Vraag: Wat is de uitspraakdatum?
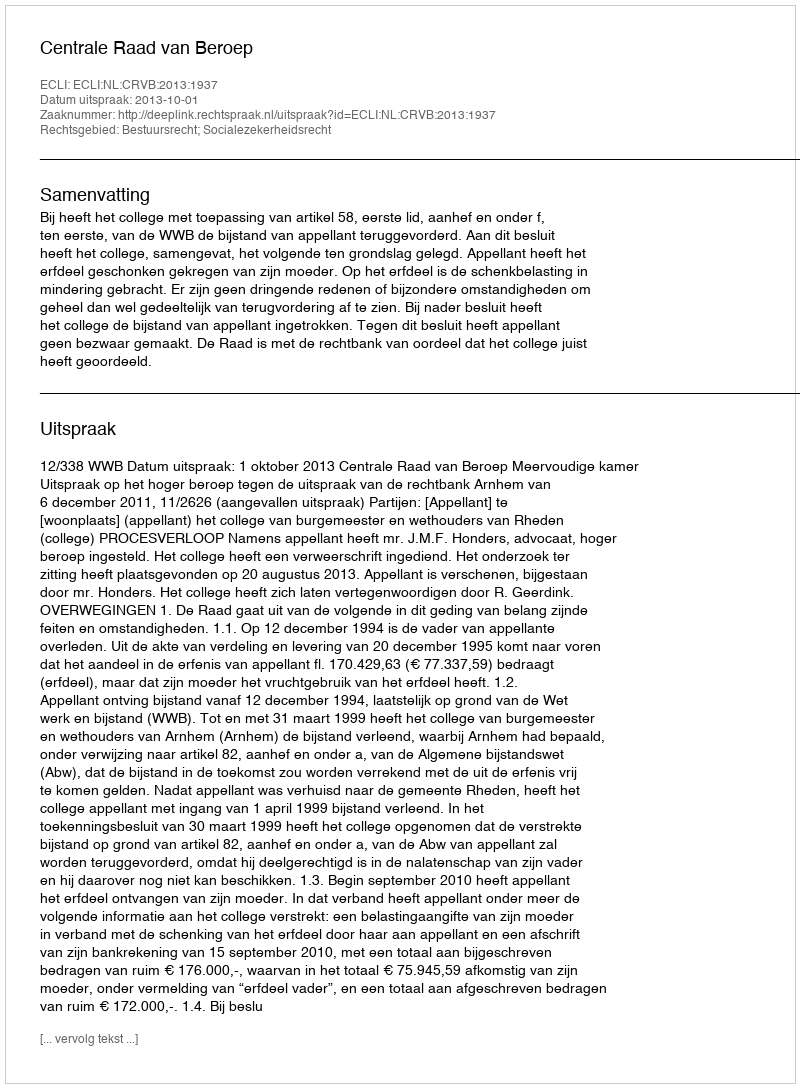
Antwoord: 2013-10-01